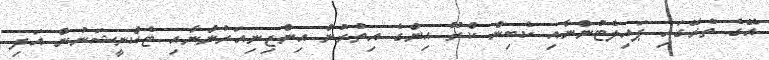
އޭގެ ތެރޭގައި ޕައިލެޓުންނާއި ކެބިން ކްރޫ އިންގެ އިތުރުން އިންޖިނިއަރުންނާއި ޓެކްނީޝަނުން އަދި